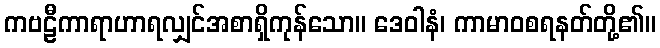
ကဗဠီကာရာဟာရလျှင်အစာရှိကုန်သော။ ဒေဝါနံ၊ ကာမာဝစရနတ်တို့၏။